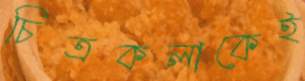
চিত্রকলাকেই